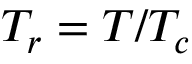
T _ { r } = T / T _ { c }